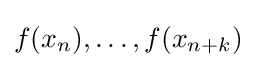
f(x_{n}),\dots ,f(x_{n+k})